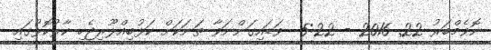
ނޮވެމްބަރު 22